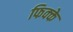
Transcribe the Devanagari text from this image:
फिक्के